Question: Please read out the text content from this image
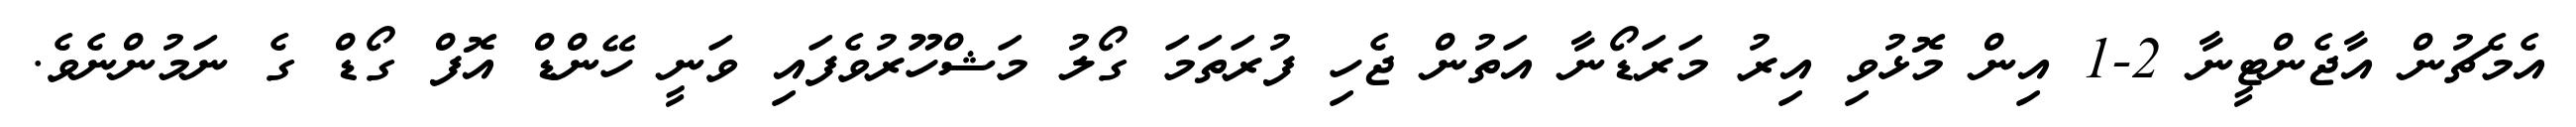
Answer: އެމެޗުން އާޖެންޓީނާ 2-1 އިން މޮޅުވި އިރު މަރަޑޯނާ އަތުން ޖެހި ފުރަތަމަ ގޯލު މަޝްހޫރުވެފައި ވަނީ ހޭންޑް އޮފް ގޯޑް ގެ ނަމުންނެވެ.